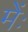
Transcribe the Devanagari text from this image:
मेंः